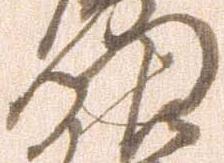
門